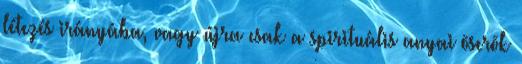
létezés irányába, vagy újra csak a spirituális anyai õserõk